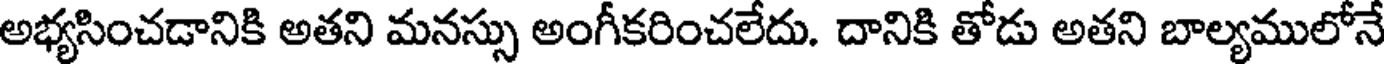
అభ్యసించడానికి అతని మనస్సు అంగీకరించలేదు. దానికి తోడు అతని బాల్యములోనే